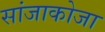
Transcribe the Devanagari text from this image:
सांजाकोजा